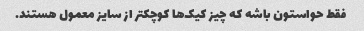
فقط حواستون باشه که چیز کیک‌ها کوچکتر از سایز معمول هستند.